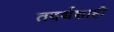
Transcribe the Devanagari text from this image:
तदर्थशाही